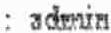
: ADMIN